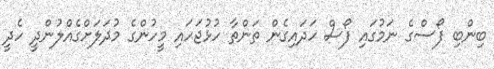
ބިންބި ފޯސްގެ ނަމުގައި ފޯސް ހަދައިގެން ތަންތާ ހުޅުޖަހައި މީހުންގެ މުދަލަށްގެއްލުންދީ ހެދީ